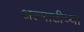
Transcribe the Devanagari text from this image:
अल्माटीच्या